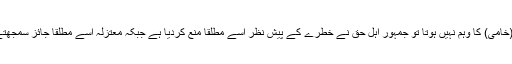
نقص (خامی) کا وہم نہیں ہوتا تو جمہور اہل حق نے خطرے کے پیش نظر اسے مطلقاً منع کردیا ہے جبکہ معتزلہ اسے مطلقاً جائز سمجھتے ہیں۔